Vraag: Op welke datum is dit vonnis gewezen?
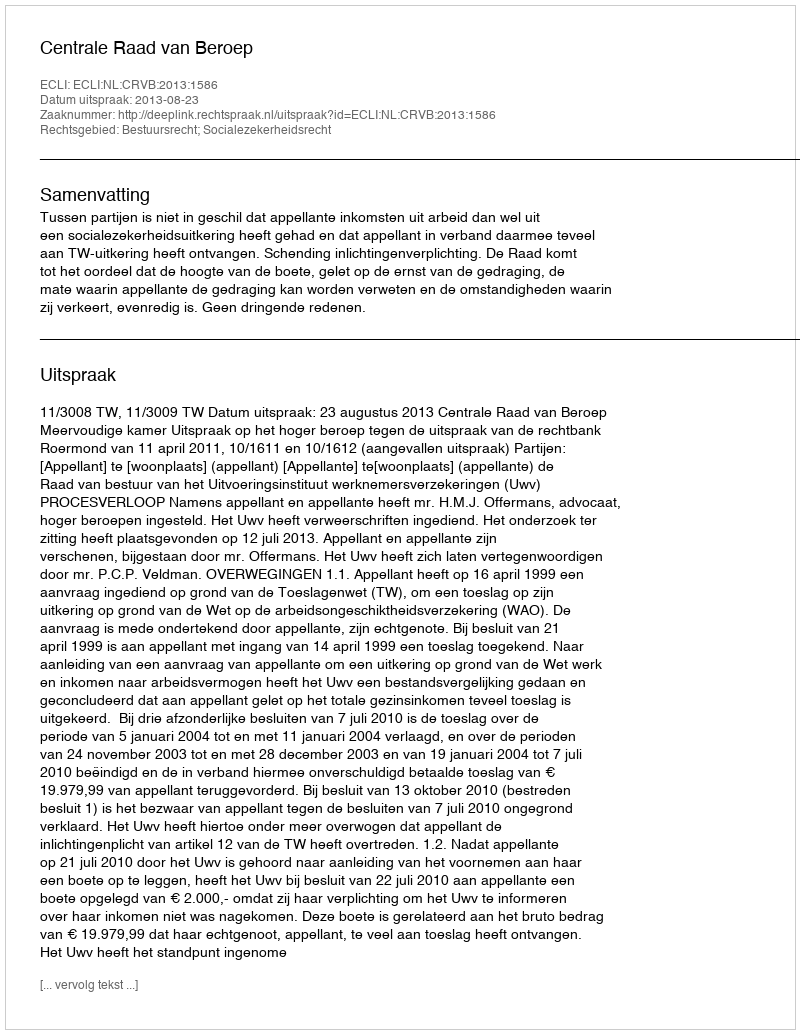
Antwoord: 2013-08-23